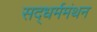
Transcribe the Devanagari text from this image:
सद्‌धर्ममंथन